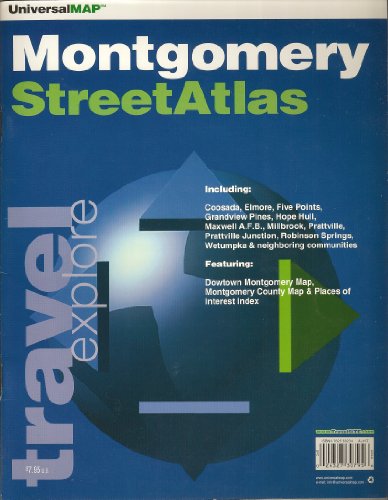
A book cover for Montgomery, Al (City & County Street Atlas); Travel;